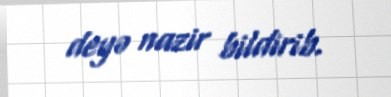
deyə nazir bildirib.